Indian journal of veterinary science and animal husbandry - Volumes 15-17, 1948-1951
Year: 1948
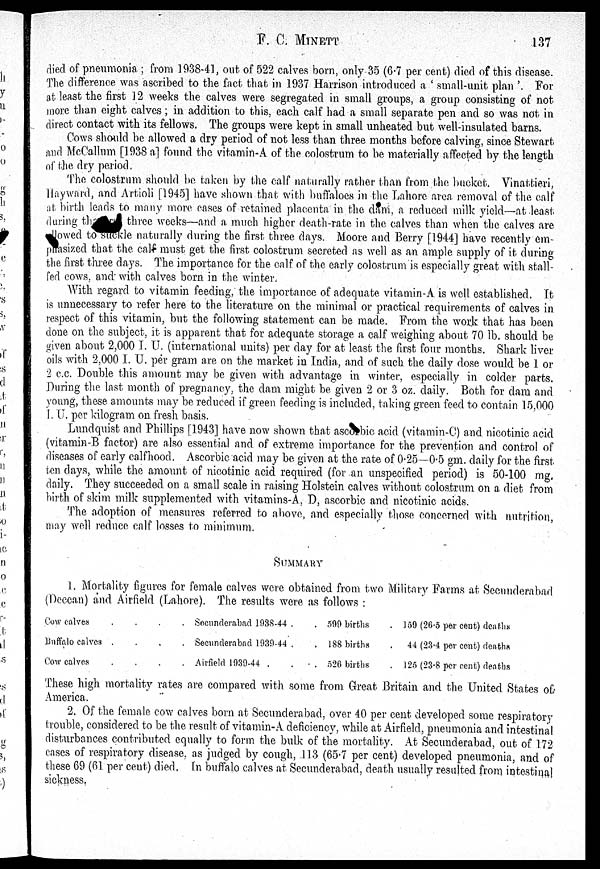
F.
C.
MINETT
137
died of pneumonia ; from 1938-4], out of 522 calves born, only 35 (6.7 per cent) died of this disease.
The difference was ascribed to the fact that in 1937 Harrison introduced a ' small-unit plan '. For
at least the first 12 weeks the calves were segregated in small groups, a group consisting of not
more than eight calves; in addition to this, each calf had a small separate pen and so was not in
direct contact with its fellows. The groups were kept in small unheated but well-insulated barns.
Cows should be allowed a dry period of not less than three months before calving, since Stewart
and McCallum [1938 a] found the vitamin-A of the colostrum to be materially affected by the length
of the dry period.
The colostrum should be taken by the calf naturally rather than from the bucket. Vinattieri,
Hayward, and Artioli [1945] have shown that with buffaloes in the Lahore area removal of the calf
at birth leads to many more cases of retained placenta in the dam, a reduced milk yield—at least
during the three weeks—and a much higher death-rate in the calves than when the calves are
allowed to suckle naturally during the first three days. Moore and Berry [1944] have recently em-
phasized that the calf must get the first colostrum secreted as well as an ample supply of it during
the first three days. The importance for the calf of the early colostrum is especially great with stall-
fed cows, and with calves born in the winter.
With regard to vitamin feeding, the importance of adequate vitamin-A is well established. It
is unnecessary to refer here to the literature on the minimal or practical requirements of calves in
respect of this vitamin, but the following statement can be made. From the work that has been
done on the subject, it is apparent that for adequate storage a calf weighing about 70 lb. should be
given about 2,000 I. U. (international units) per day for at least the first four months. Shark liver
oils with 2,000 I. U. per gram are on the market in India, and of such the daily dose would be 1 or
2 c.c. Double this amount may be given with advantage in winter, especially in colder parts.
During the last month of pregnancy, the dam might be given 2 or 3 oz. daily. Both for dam and
young, these amounts may be reduced if green feeding is included, taking green feed to contain 15,000
I. U. per kilogram on fresh basis.
Lundquist and Phillips [1943] have now shown that ascorbic acid (vitamin-C) and nicotinic acid
(vitamin-B factor) are also essential and. of extreme importance for the prevention and control of
diseases of early calfhood. Ascorbic acid may be given at the rate of 0.25—0.5 gm. daily for the first
ten days, while the amount of nicotinic acid required (for an unspecified period) is 50-100 mg.
daily. They succeeded on a small scale in raising Holstein calves without colostrum on a diet from
birth of skim milk supplemented with vitamins-A, D, ascorbic and nicotinic acids.
The adoption of measures referred to above, and especially those concerned with nutrition,
may well reduce calf losses to minimum.
SUMMARY
1. Mortality figures for female calves were obtained from two Military Farms at Secunderabad
(Deccan) and Airfield (Lahore). The results were as follows :
Cow calves . .
Buffalo calves . .
Cow calves . .
Secunderabad 1938-44 . .
Secunderabad 1939-44 . .
Airfield 1939-44 . . .
599 births .
188 births .
526 births .
159 (26.5 per cent) deaths
44 (23.4 per cent) deaths
125 (23.8 per cent) deaths
These high mortality rates are compared with some from Great Britain and the United States of
America1.
2. Of the female cow calves born at Secunderabad, over 40 per cent developed some respiratory
trouble, considered to be the result of vitamin-A deficiency, while at Airfield, pneumonia and intestinal
disturbances contributed equally to form the bulk of the mortality. At Secunderabad, out of 172
cases of respiratory disease, as judged by cough, .113 (65.7 per cent) developed pneumonia, and of
these 69 (61 per cent) died. In buffalo calves at Secunderabad, death usually resulted from intestinal
sickness.